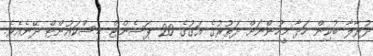
ދުރާލާ ބުކިން ހަދާ މީހުންނަށް ދަތުރުގެ އަގުގެ 20 ޕަސެންޓް ޑިސްކައުންޓް ދޭނެއެވެ.